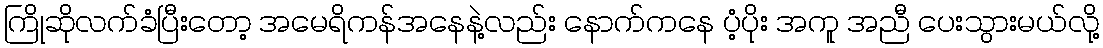
ကြိုဆိုလက်ခံပြီးတော့ အမေရိကန်အနေနဲ့လည်း နောက်ကနေ ပံ့ပိုး အကူ အညီ ပေးသွားမယ်လို့